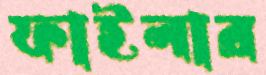
ফাইলার